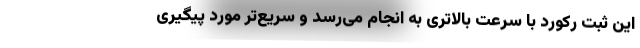
این ثبت رکورد با سرعت بالاتری به انجام می‌رسد و سریع‌تر مورد پیگیری